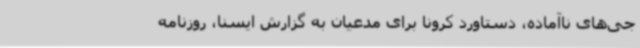
جی‌های ناآماده، دستاورد کرونا برای مدعیان به گزارش ایسنا، روزنامه